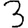
Digit: 3